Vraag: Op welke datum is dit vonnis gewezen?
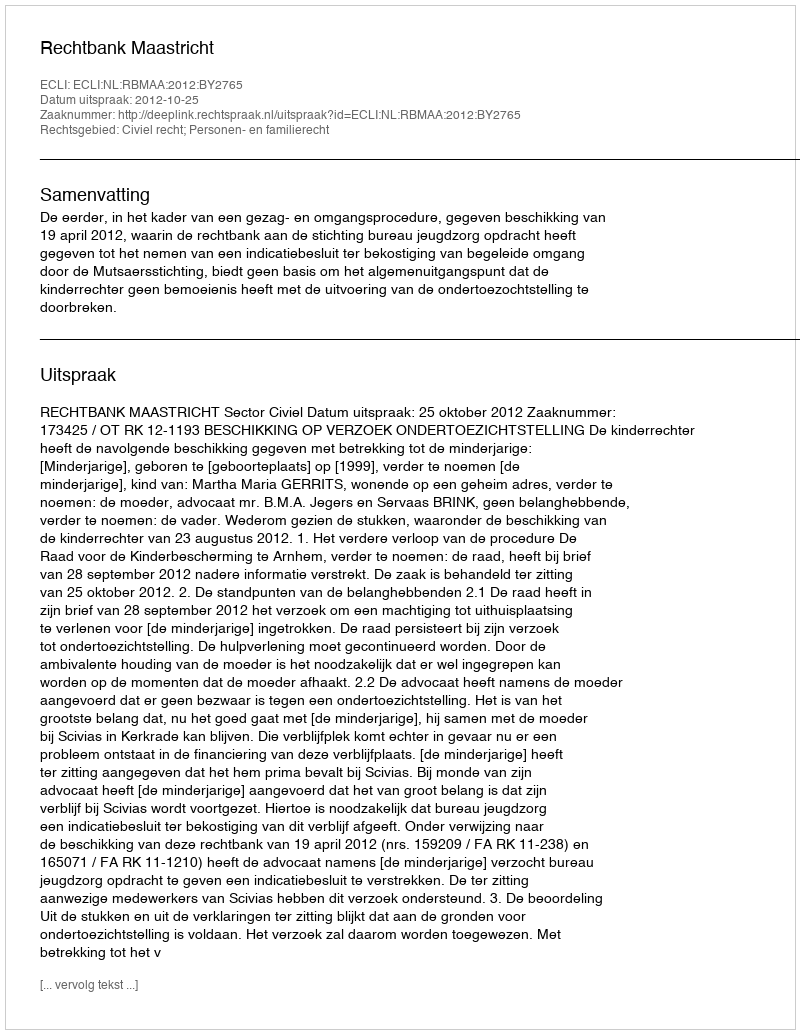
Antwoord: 2012-10-25